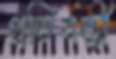
প্রতিবন্ধী